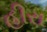
હીરા